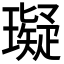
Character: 𤪦